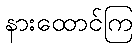
နားထောင်ကြ